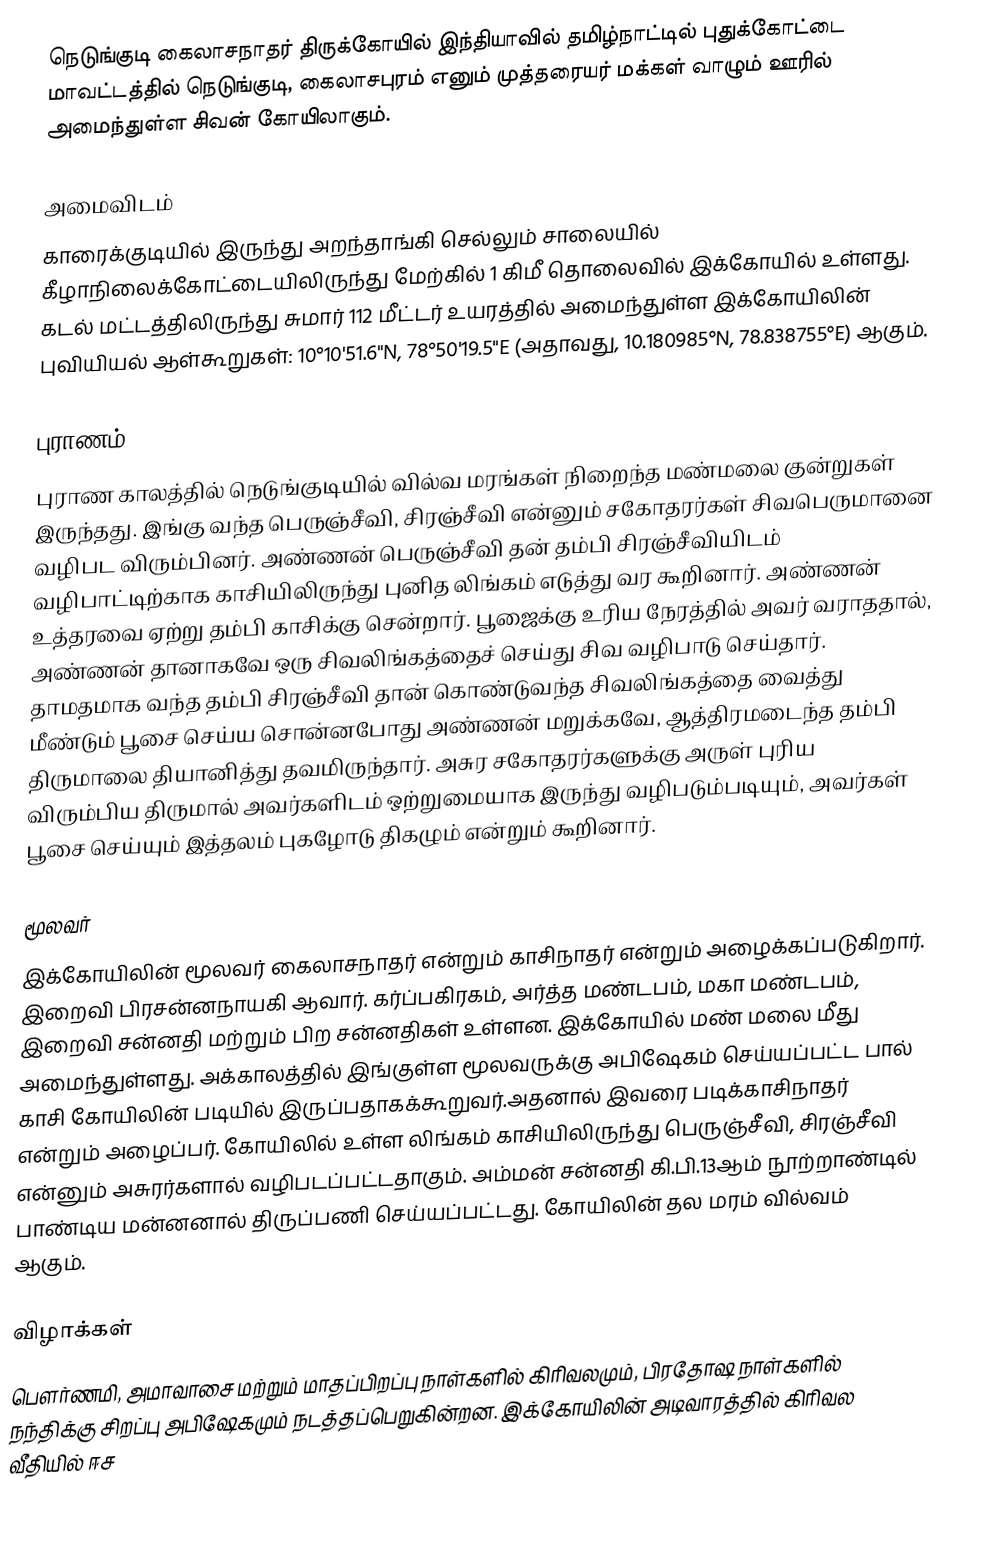
நெடுங்குடி கைலாசநாதர் திருக்கோயில் இந்தியாவில் தமிழ்நாட்டில் புதுக்கோட்டை மாவட்டத்தில் நெடுங்குடி, கைலாசபுரம் எனும் முத்தரையர் மக்கள் வாழும் ஊரில் அமைந்துள்ள சிவன் கோயிலாகும்.

அமைவிடம்
காரைக்குடியில் இருந்து அறந்தாங்கி செல்லும் சாலையில் கீழாநிலைக்கோட்டையிலிருந்து மேற்கில் 1 கிமீ தொலைவில் இக்கோயில் உள்ளது.  கடல் மட்டத்திலிருந்து சுமார் 112 மீட்டர் உயரத்தில் அமைந்துள்ள இக்கோயிலின் புவியியல் ஆள்கூறுகள்: 10°10'51.6"N, 78°50'19.5"E (அதாவது, 10.180985°N, 78.838755°E) ஆகும்.

புராணம்
புராண காலத்தில் நெடுங்குடியில் வில்வ மரங்கள் நிறைந்த மண்மலை குன்றுகள் இருந்தது. இங்கு வந்த பெருஞ்சீவி, சிரஞ்சீவி என்னும் சகோதரர்கள் சிவபெருமானை வழிபட விரும்பினர். அண்ணன் பெருஞ்சீவி தன் தம்பி சிரஞ்சீவியிடம் வழிபாட்டிற்காக காசியிலிருந்து புனித லிங்கம் எடுத்து வர கூறினார்.  அண்ணன் உத்தரவை ஏற்று தம்பி காசிக்கு சென்றார். பூஜைக்கு உரிய நேரத்தில் அவர் வராததால், அண்ணன் தானாகவே ஒரு சிவலிங்கத்தைச் செய்து சிவ வழிபாடு செய்தார். தாமதமாக வந்த தம்பி சிரஞ்சீவி தான் கொண்டுவந்த சிவலிங்கத்தை வைத்து மீண்டும் பூசை செய்ய சொன்னபோது அண்ணன் மறுக்கவே, ஆத்திரமடைந்த தம்பி திருமாலை தியானித்து தவமிருந்தார். அசுர சகோதரர்களுக்கு அருள் புரிய விரும்பிய திருமால் அவர்களிடம் ஒற்றுமையாக இருந்து வழிபடும்படியும், அவர்கள் பூசை செய்யும் இத்தலம் புகழோடு திகழும் என்றும் கூறினார்.

மூலவர்
இக்கோயிலின் மூலவர் கைலாசநாதர் என்றும் காசிநாதர் என்றும் அழைக்கப்படுகிறார். இறைவி பிரசன்னநாயகி ஆவார். கர்ப்பகிரகம், அர்த்த மண்டபம், மகா மண்டபம், இறைவி சன்னதி மற்றும் பிற சன்னதிகள் உள்ளன.  இக்கோயில் மண் மலை மீது அமைந்துள்ளது.  அக்காலத்தில் இங்குள்ள மூலவருக்கு அபிஷேகம் செய்யப்பட்ட பால் காசி கோயிலின் படியில் இருப்பதாகக்கூறுவர்.அதனால் இவரை படிக்காசிநாதர் என்றும் அழைப்பர். கோயிலில் உள்ள லிங்கம் காசியிலிருந்து பெருஞ்சீவி, சிரஞ்சீவி என்னும் அசுரர்களால் வழிபடப்பட்டதாகும். அம்மன் சன்னதி கி.பி.13ஆம் நூற்றாண்டில் பாண்டிய மன்னனால் திருப்பணி செய்யப்பட்டது. கோயிலின் தல மரம் வில்வம் ஆகும்.

விழாக்கள்
பௌர்ணமி, அமாவாசை மற்றும் மாதப்பிறப்பு நாள்களில் கிரிவலமும், பிரதோஷ நாள்களில் நந்திக்கு சிறப்பு அபிஷேகமும் நடத்தப்பெறுகின்றன. இக்கோயிலின் அடிவாரத்தில்  கிரிவல வீதியில் ஈச